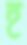
হ